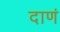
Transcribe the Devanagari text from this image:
दाणं